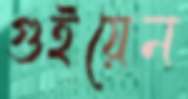
গুইয়েন